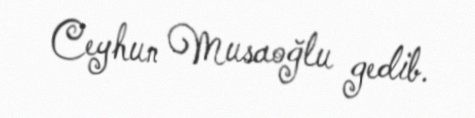
Ceyhun Musaoğlu gedib.